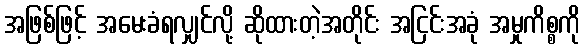
အဖြစ်ဖြင့် အမေးခံရလျှင်လို့ ဆိုထားတဲ့အတိုင်း အငြင်းအခုံ အမှုကိစ္စကို